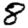
Digit: 8